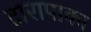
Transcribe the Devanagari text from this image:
टारापाका